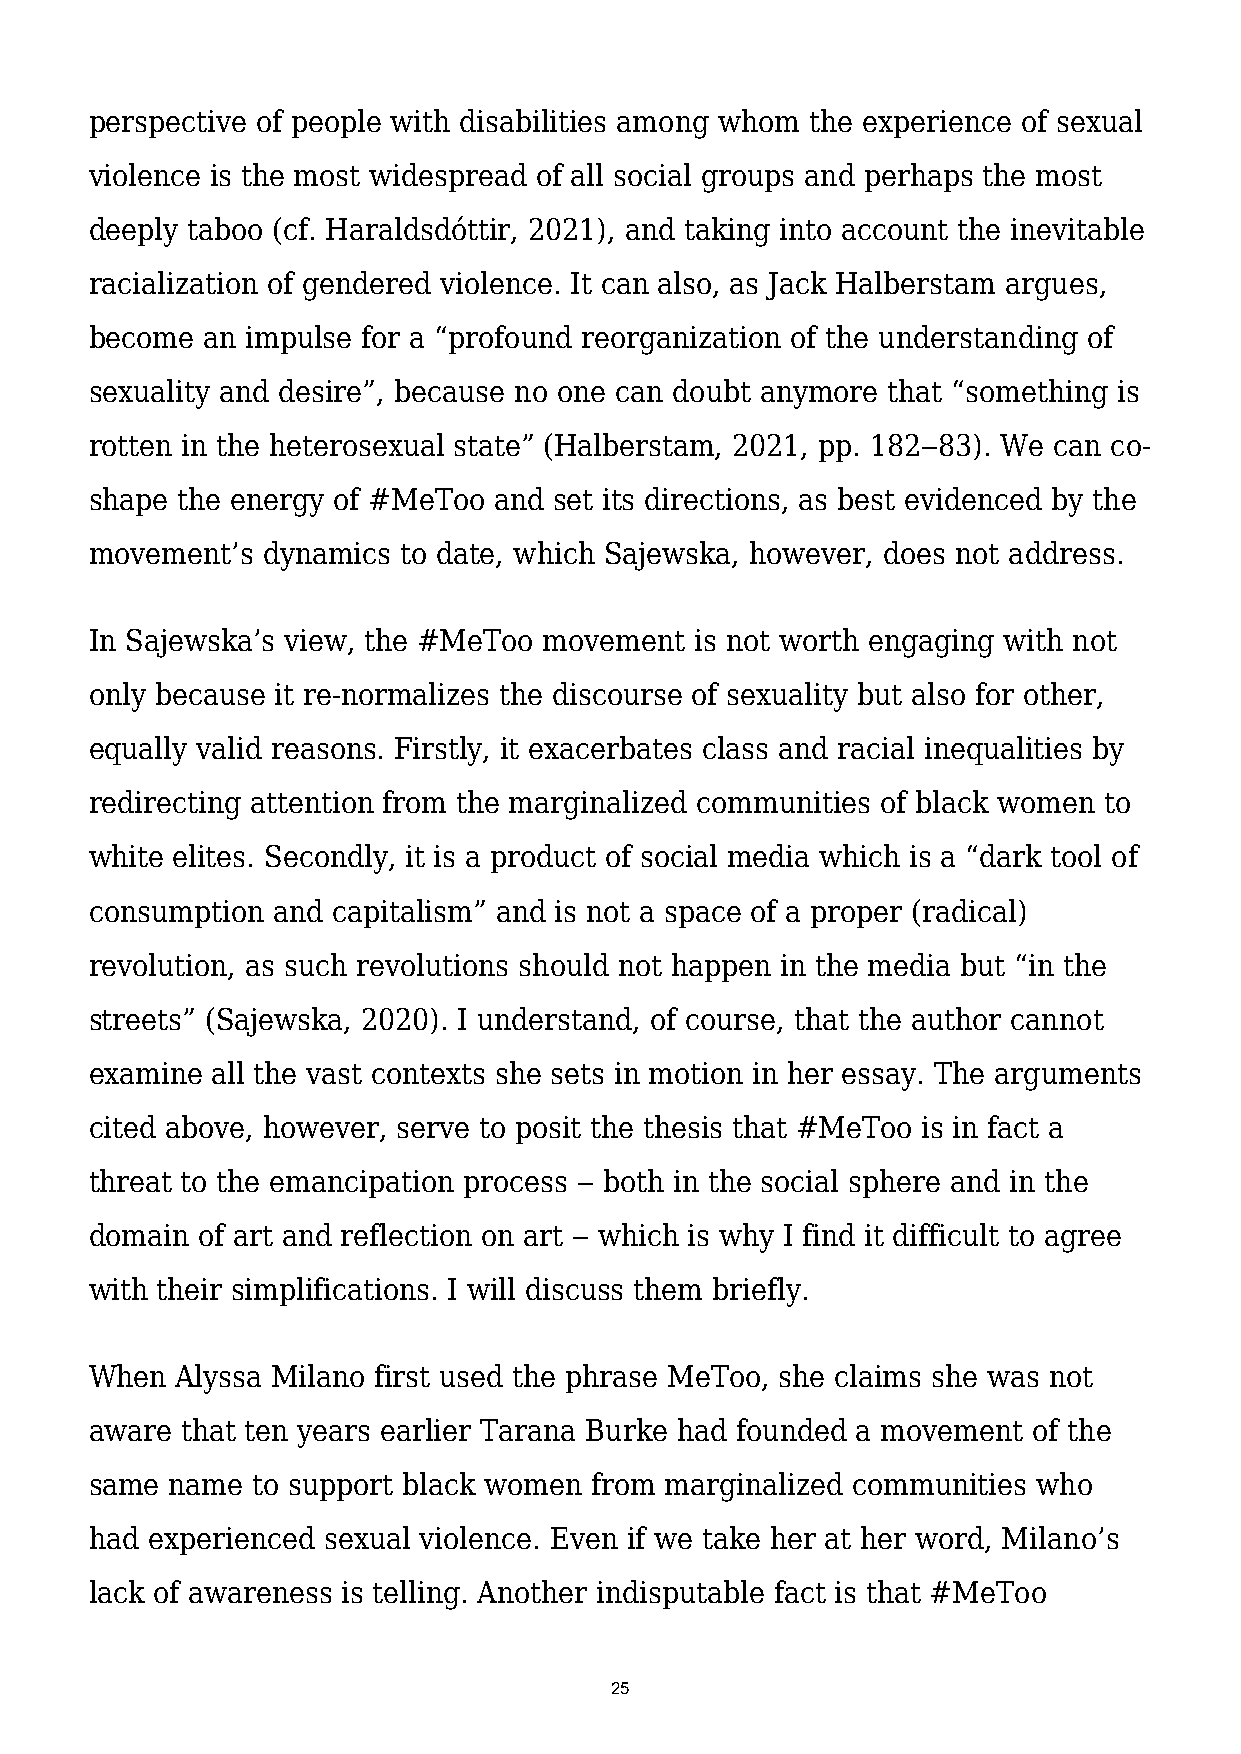
perspective of people with disabilities among whom the experience of sexual
 violence is the most widespread of all social groups and perhaps the most
 deeply taboo (cf. Haraldsdóttir, 2021), and taking into account the inevitable
 racialization of gendered violence. It can also, as Jack Halberstam argues,
 become an impulse for a “profound reorganization of the understanding of
 sexuality and desire”, because no one can doubt anymore that “something is
 rotten in the heterosexual state” (Halberstam, 2021, pp. 182‒83). We can co-
 shape the energy of #MeToo and set its directions, as best evidenced by the
 movement’s dynamics to date, which Sajewska, however, does not address.
 In Sajewska’s view, the #MeToo movement is not worth engaging with not
 only because it re-normalizes the discourse of sexuality but also for other,
 equally valid reasons. Firstly, it exacerbates class and racial inequalities by
 redirecting attention from the marginalized communities of black women to
 white elites. Secondly, it is a product of social media which is a “dark tool of
 consumption and capitalism” and is not a space of a proper (radical)
 revolution, as such revolutions should not happen in the media but “in the
 streets” (Sajewska, 2020). I understand, of course, that the author cannot
 examine all the vast contexts she sets in motion in her essay. The arguments
 cited above, however, serve to posit the thesis that #MeToo is in fact a
 threat to the emancipation process ‒ both in the social sphere and in the
 domain of art and reflection on art ‒ which is why I find it difficult to agree
 with their simplifications. I will discuss them briefly.
 When  Alyssa Milano first used the phrase MeToo, she claims she was not
 aware that ten years earlier Tarana Burke had founded a movement of the
 same name  to support black women from marginalized communities who
 had experienced sexual violence. Even if we take her at her word, Milano’s
 lack of awareness is telling. Another indisputable fact is that #MeToo
 25